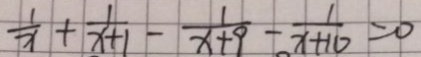
\frac { 1 } { x } + \frac { 1 } { x + 1 } - \frac { 1 } { x + 9 } - \frac { 1 } { x + 1 0 } = 0